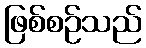
ဖြစ်စဉ်သည်